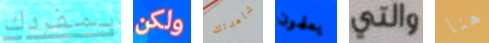
بمفردك ولكن شاهدتك يعلمون والتي هنا